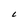
Character: L